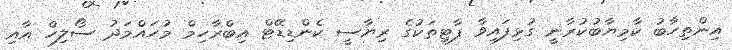
އިންތިހާބު ކާމިޔާބުކުރާނީ ގުޅިފައިވާ ޕާޓީތަކުގެ ރިޔާސީ ކެންޑިޑޭޓް އިބްރާހިމް މުހައްމަދު ސޯލިހް އާއި